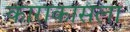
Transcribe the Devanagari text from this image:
काराकासला